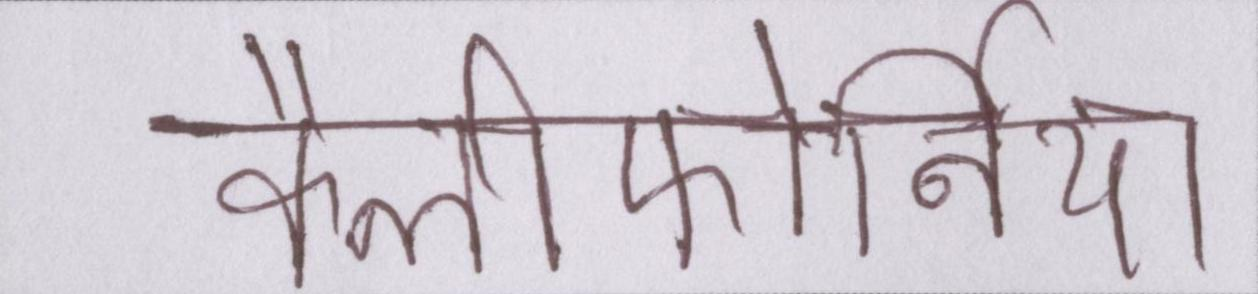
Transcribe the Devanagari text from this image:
कैलीफोर्निया